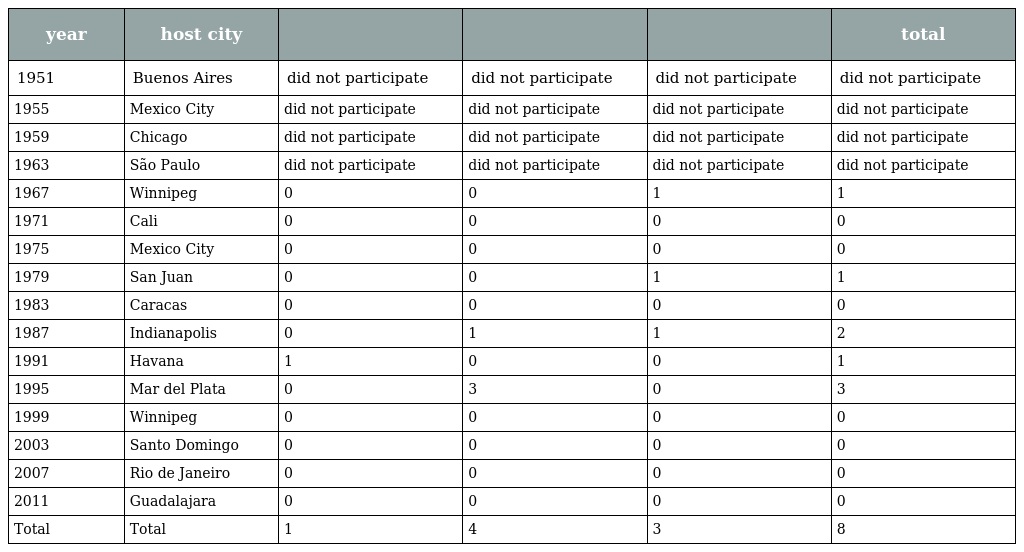
| year | host city |  |  |  | total |
 | --- | --- | --- | --- | --- | --- |
 | 1951 | Buenos Aires | did not participate | did not participate | did not participate | did not participate |
 | 1955 | Mexico City | did not participate | did not participate | did not participate | did not participate |
 | 1959 | Chicago | did not participate | did not participate | did not participate | did not participate |
 | 1963 | São Paulo | did not participate | did not participate | did not participate | did not participate |
 | 1967 | Winnipeg | 0 | 0 | 1 | 1 |
 | 1971 | Cali | 0 | 0 | 0 | 0 |
 | 1975 | Mexico City | 0 | 0 | 0 | 0 |
 | 1979 | San Juan | 0 | 0 | 1 | 1 |
 | 1983 | Caracas | 0 | 0 | 0 | 0 |
 | 1987 | Indianapolis | 0 | 1 | 1 | 2 |
 | 1991 | Havana | 1 | 0 | 0 | 1 |
 | 1995 | Mar del Plata | 0 | 3 | 0 | 3 |
 | 1999 | Winnipeg | 0 | 0 | 0 | 0 |
 | 2003 | Santo Domingo | 0 | 0 | 0 | 0 |
 | 2007 | Rio de Janeiro | 0 | 0 | 0 | 0 |
 | 2011 | Guadalajara | 0 | 0 | 0 | 0 |
 | Total | Total | 1 | 4 | 3 | 8 |